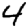
Digit: 4